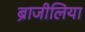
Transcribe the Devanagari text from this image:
ब्राजीलिया